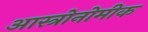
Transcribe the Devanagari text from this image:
आस्त्रोनोमीक